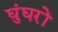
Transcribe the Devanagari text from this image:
घुंघरों